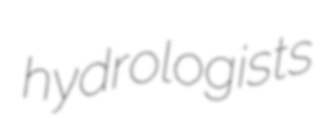
hydrologists